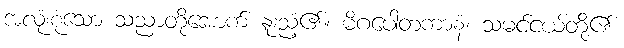
အလုံးစုံသော သညာတို့အောက် နူးညံ့၏။ မိဂပေါတကာနံ၊ သမင်ငယ်တို့၏